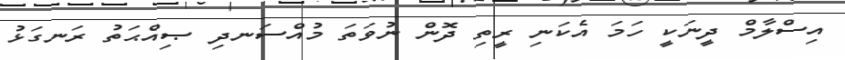
އިސްލާމް ދީނަކީ ހަމަ އެކަނި ރީތި ދޮން ނުވަތަ މުއްސަނދި ޞިއްޙަތު ރަނގަޅު